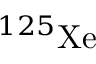
^ { 1 2 5 } \mathrm { X e }